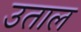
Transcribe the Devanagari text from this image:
उताल